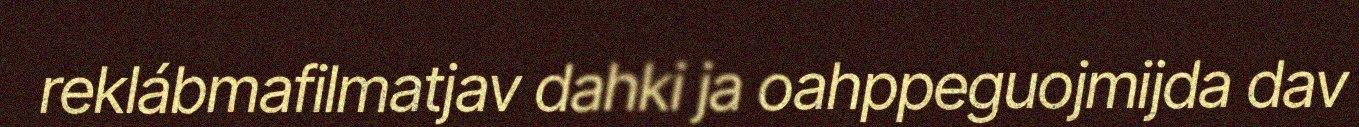
reklábmafilmatjav dahki ja oahppeguojmijda dav